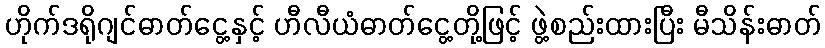
ဟိုက်ဒရိုဂျင်ဓာတ်ငွေ့နှင့် ဟီလီယံဓာတ်ငွေ့တို့ဖြင့် ဖွဲ့စည်းထားပြီး မီသိန်းဓာတ်